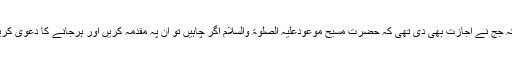
بلکہ جج نے اجازت بھی دی تھی کہ حضرت مسیح موعودعلیہ الصلوٰۃ والسلام اگر چاہیں تو ان پہ مقدمہ کریں اور ہرجانے کا دعویٰ کریں۔